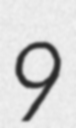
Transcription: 9